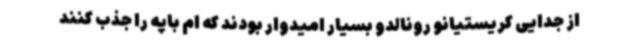
از جدایی کریستیانو رونالدو بسیار امیدوار بودند که ام باپه را جذب کنند